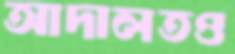
আদালতও